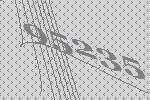
95235